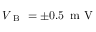
V _ { \mathrm { ~ B ~ } } = \pm 0 . 5 \, \mathrm { ~ m ~ V ~ }